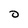
Character: 0